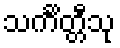
သင်္ကိတ္တီသု